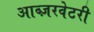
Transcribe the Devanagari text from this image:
आब्ज़रवेटरी